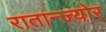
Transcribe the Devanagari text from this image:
रातान्ज्योर